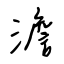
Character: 澹